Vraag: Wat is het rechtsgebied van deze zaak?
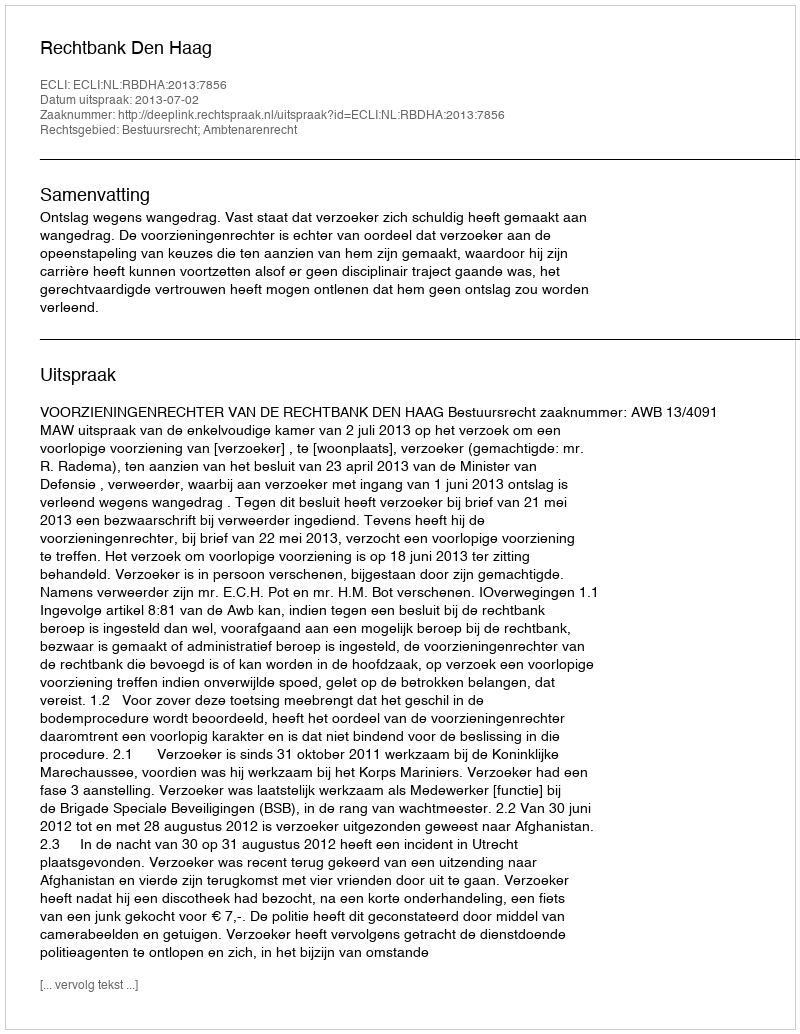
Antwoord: Bestuursrecht; Ambtenarenrecht